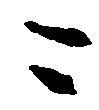
ニ